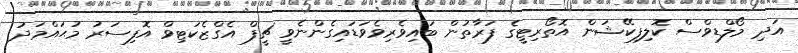
އަދި މޯލްޑިވްސް ކޮލިފިކޭޝަން އޮތޯރިޓީގެ ފަރާތުން ބައިވެރިވެވަޑައިގެންނެވީ ޗީފް އެގްޒެކަޓިވް އޮފިސަރު މުޙައްމަދު